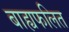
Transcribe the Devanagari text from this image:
बाह्यफलित